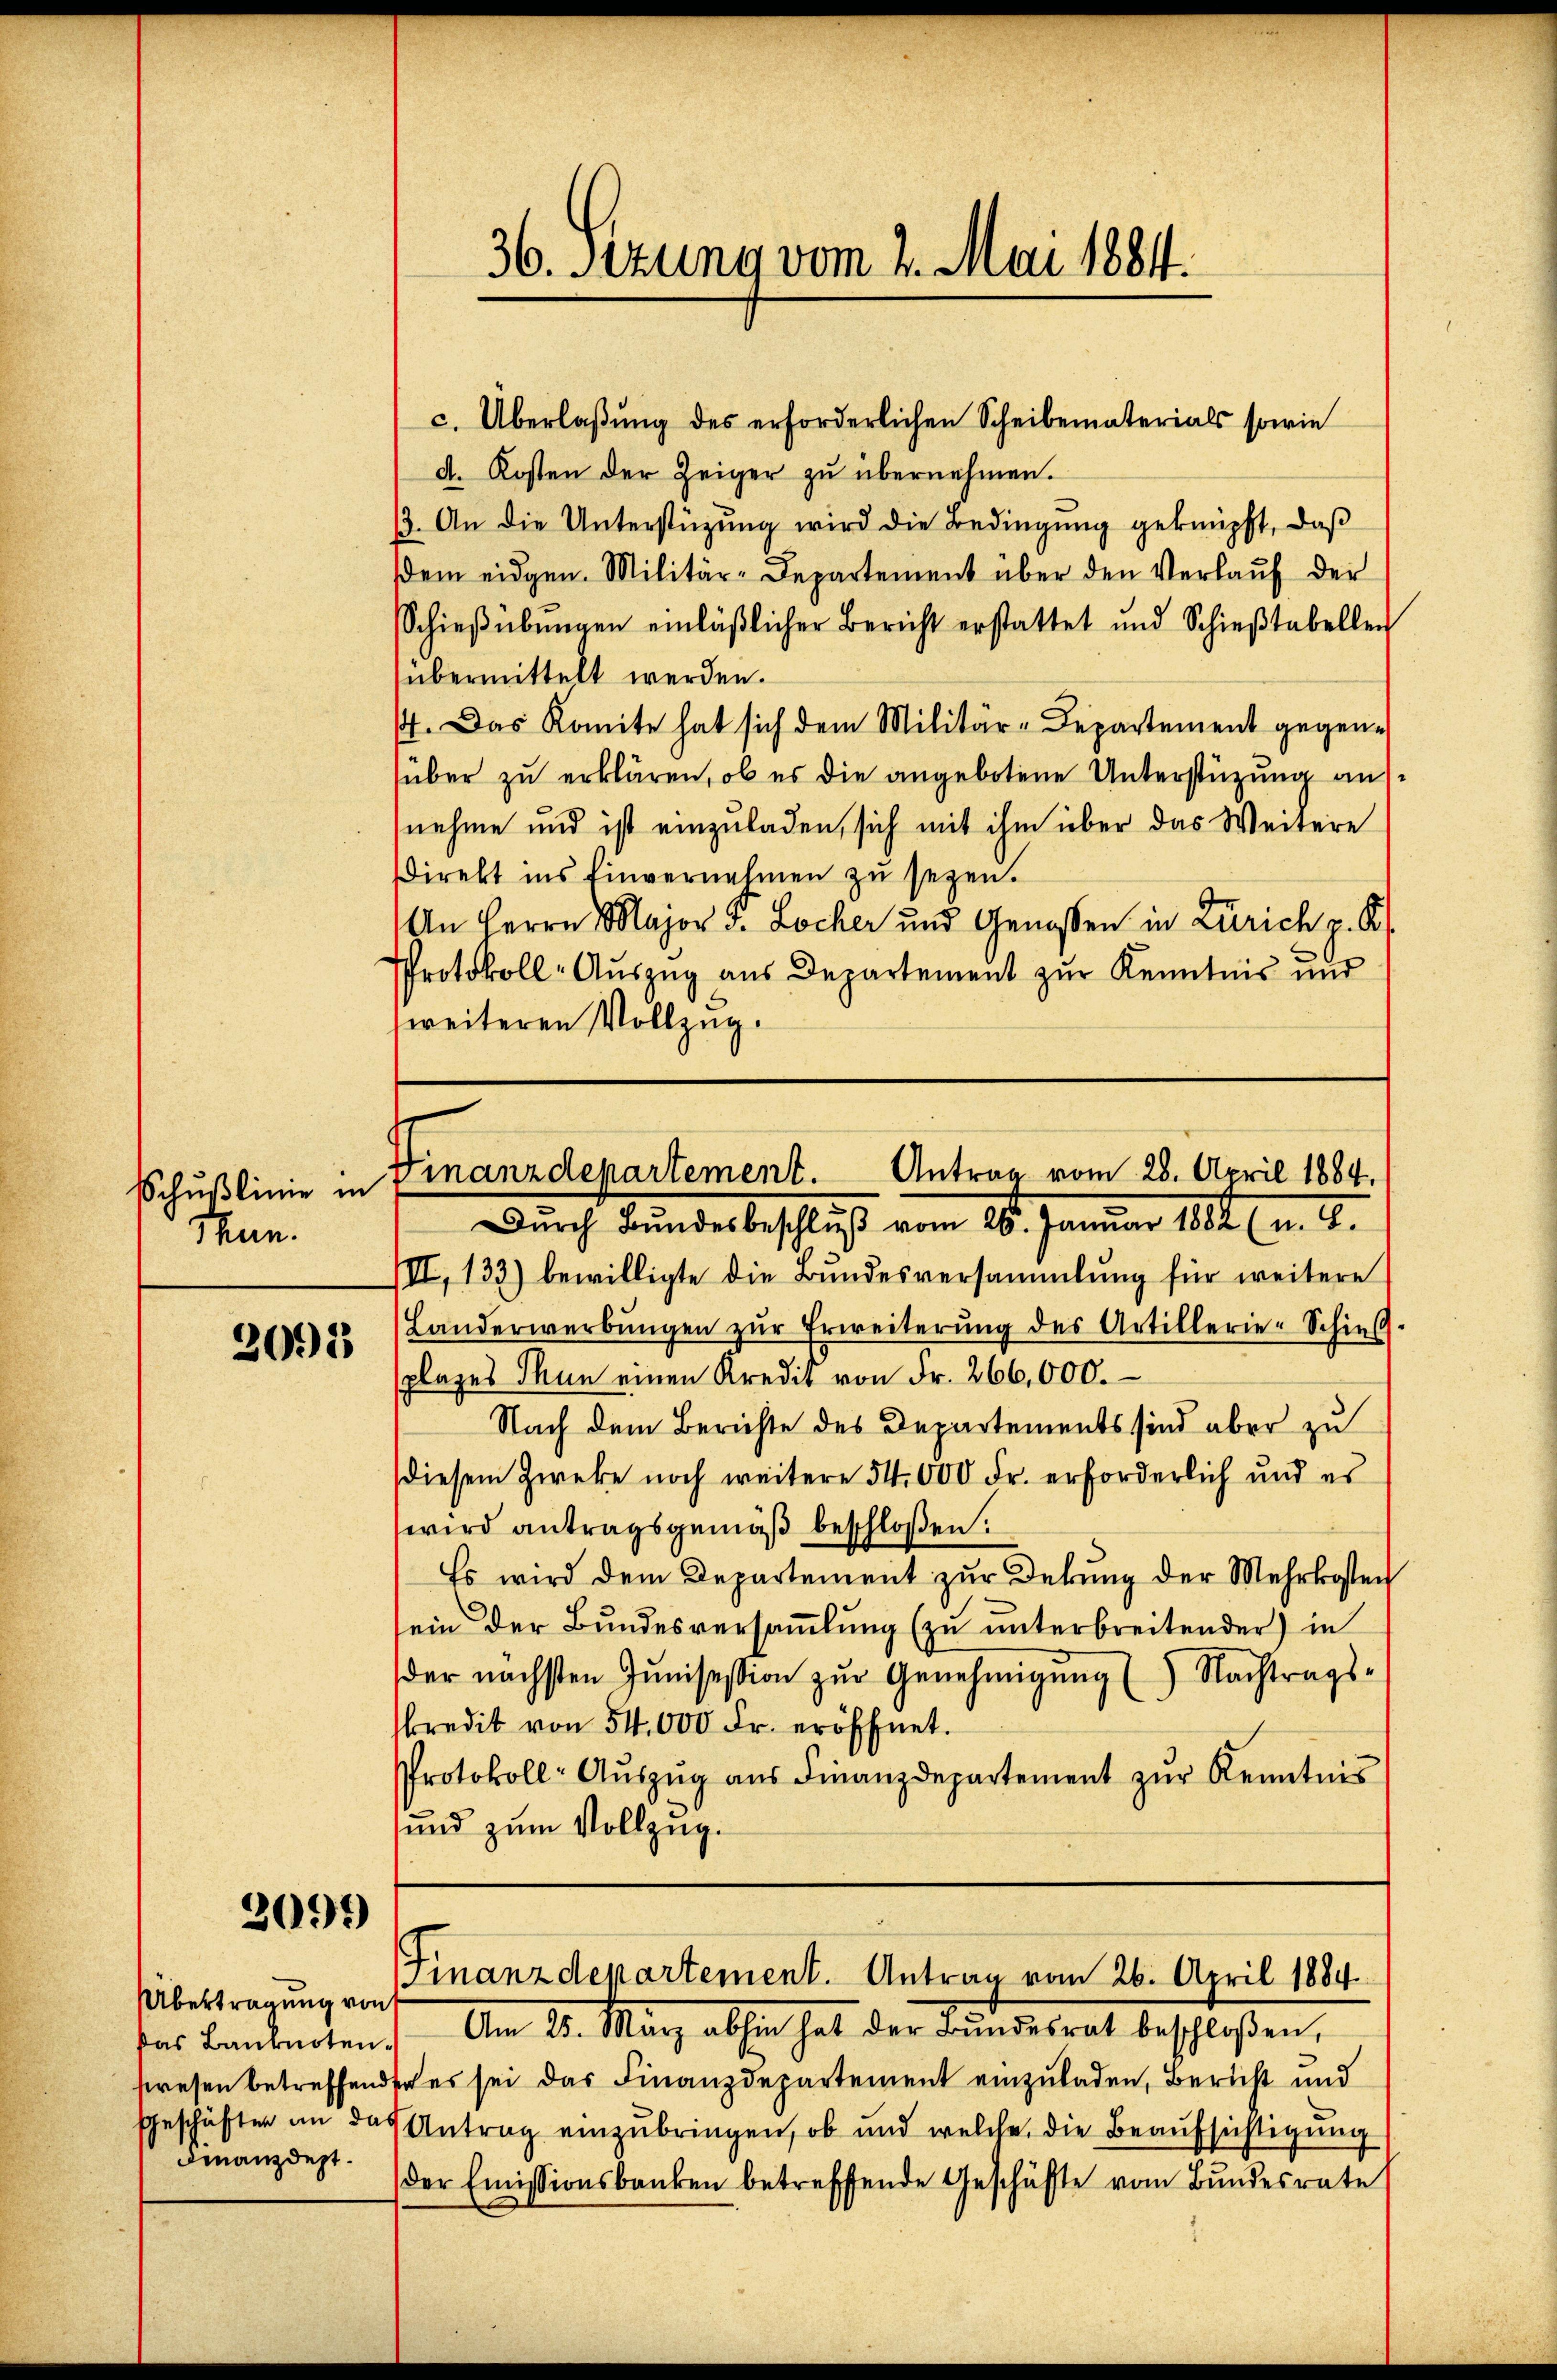
Schußlinie in
Mun.

2095

c. Überlaßung des erforderlichen Scheibematerials sowie
d. Kosten der Zeiger zu übernehmen.
13. An die Unterstüzung wird die Bedingung geknüpft, daß
dem eidgen. Militär-Departement über den Verlaŭf der
Schieβübŭngen einläβlicher Bericht erstattet und Schieβtabellen
übermittelt werden.
. Das Komite hat sich dem Militär-Departement gegensüber zu erklären, ob es die angebotene Unterstützung ausnehme und ist einzuladen, sich mit ihm über das Weitere
Direkt ins Einvernehmen zu sezen.
An Herrn Major v. Locker und Genossen in Zürich p. K
Protokoll-Auszug aus Departement zur Kenntnis und
weiteren Vollzug.

2099)

Übertragung von
Finanzdept.

36. Sezung vom 2. Mai 1884.

Finanzdepartement. Antrag vom 28. April 1884.
Durch Bundesbeschluß vom 26. Januar 1882 (a. a.

III, 133) bewilligte die Bundesversammlung für weitere
Handerwerbŭngen zŭr Erweiterŭng des Artillerie-Schies
plages Thun einen Kredit von Fr. 266,000.
Nach dem Berichte des Departements sind aber zu
diesem Zwecke noch weitere 54 000 Fr. erforderlich und es
wird antragsgemäß beschloßen:
Es wird dem Departement zur Dekŭng der Mehrkosten
sein der Bundesversammlung (zu unterbreitender) in
der nächsten Jŭnisesion zŭr Genehmigŭng () Nachtrags-
kredit von 54,000 Fr. eröffnet.
Protokoll- Aŭszŭg aŭs Finanzdepartement zŭr Kenntnis
und zum Vollzug.

das Banknoten. Am 25. März abhin hat der Bŭndesrat beschloßen,
wesen betreffende es sei das Finanzdepartement einzuladen, Bericht und
Geschäften an das Antrag einzubringen, ob und welche die Beaufsichtigung
der Emissionsbanken betreffende Geschäfte vom Bundesrate

Finanzdepartement. Antrag vom 26. April 1884